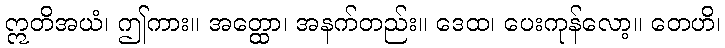
ဣတိအယံ၊ ဤကား။ အတ္ထော၊ အနက်တည်း။ ဒေထ၊ ပေးကုန်လော့။ တေဟိ၊